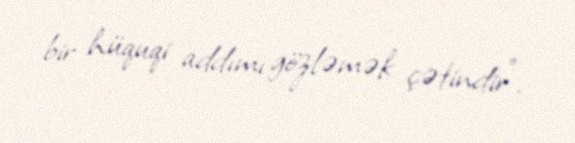
bir hüquqi addımı gözləmək çətindir".